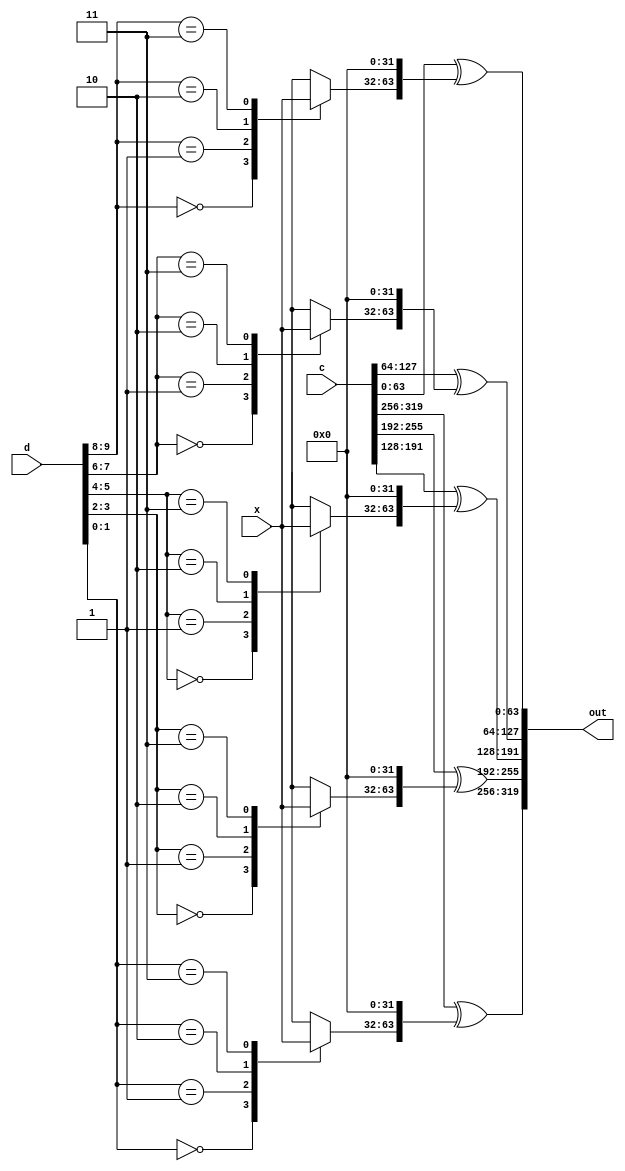
module mix32
#(
    parameter CW            = 5,    // DRYSPONGE_CAPACITYSIZE64
    parameter XW32          = 4     // 
) (
    input  wire [64*CW-1:0]   c,
    input  wire [32*XW32-1:0] x,
    input  wire [CW*2 -1:0]   d,
    output wire [64*CW-1:0]   out
);

wire [64-1:0] cc                [0:CW-1];
wire [64-1:0] oo                [0:CW-1];
wire [2 -1:0] idx               [0:CW-1];
wire [32-1:0] xx                [0:XW32-1];
reg  [32-1:0] xw                [0:CW-1];

genvar i;
generate
    for (i=0; i<XW32; i=i+1) begin
        assign xx[i] = x[32*XW32-32*(i+1) +: 32];
    end
    for (i=0; i<CW; i=i+1) begin
        // Format input/output to array
        assign cc[i] = c[64*CW-64*(i+1) +: 64];
        assign out[64*CW-64*(i+1) +: 64] = oo[i];

        // Core operation
        assign idx[i] = d[2*i +: 2];

        always@* begin
            case (idx[i])
            0: xw[i] <= xx[0];
            1: xw[i] <= xx[1];
            2: xw[i] <= xx[2];
            3: xw[i] <= xx[3];
            endcase
        end
        
        assign oo[i] = cc[i] ^ {xw[i], 32*{1'b0}};
    end
endgenerate

endmodule